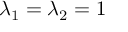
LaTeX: \lambda _ { 1 } = \lambda _ { 2 } = 1